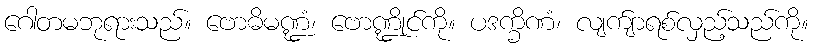
ဂေါတမဘုရားသည်။ ဗောဓိမဏ္ဍံ၊ ဗောဏ္ဍိုင်ကို။ ပဒက္ခိဏံ၊ လျက်ျာရစ်လှည့်သည်ကို။